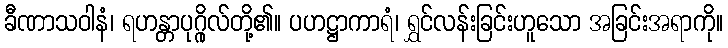
ခီဏာသဝါနံ၊ ရဟန္တာပုဂ္ဂိုလ်တို့၏။ ပဟဋ္ဌာကာရံ၊ ရွှင်လန်းခြင်းဟူသော အခြင်းအရာကို။